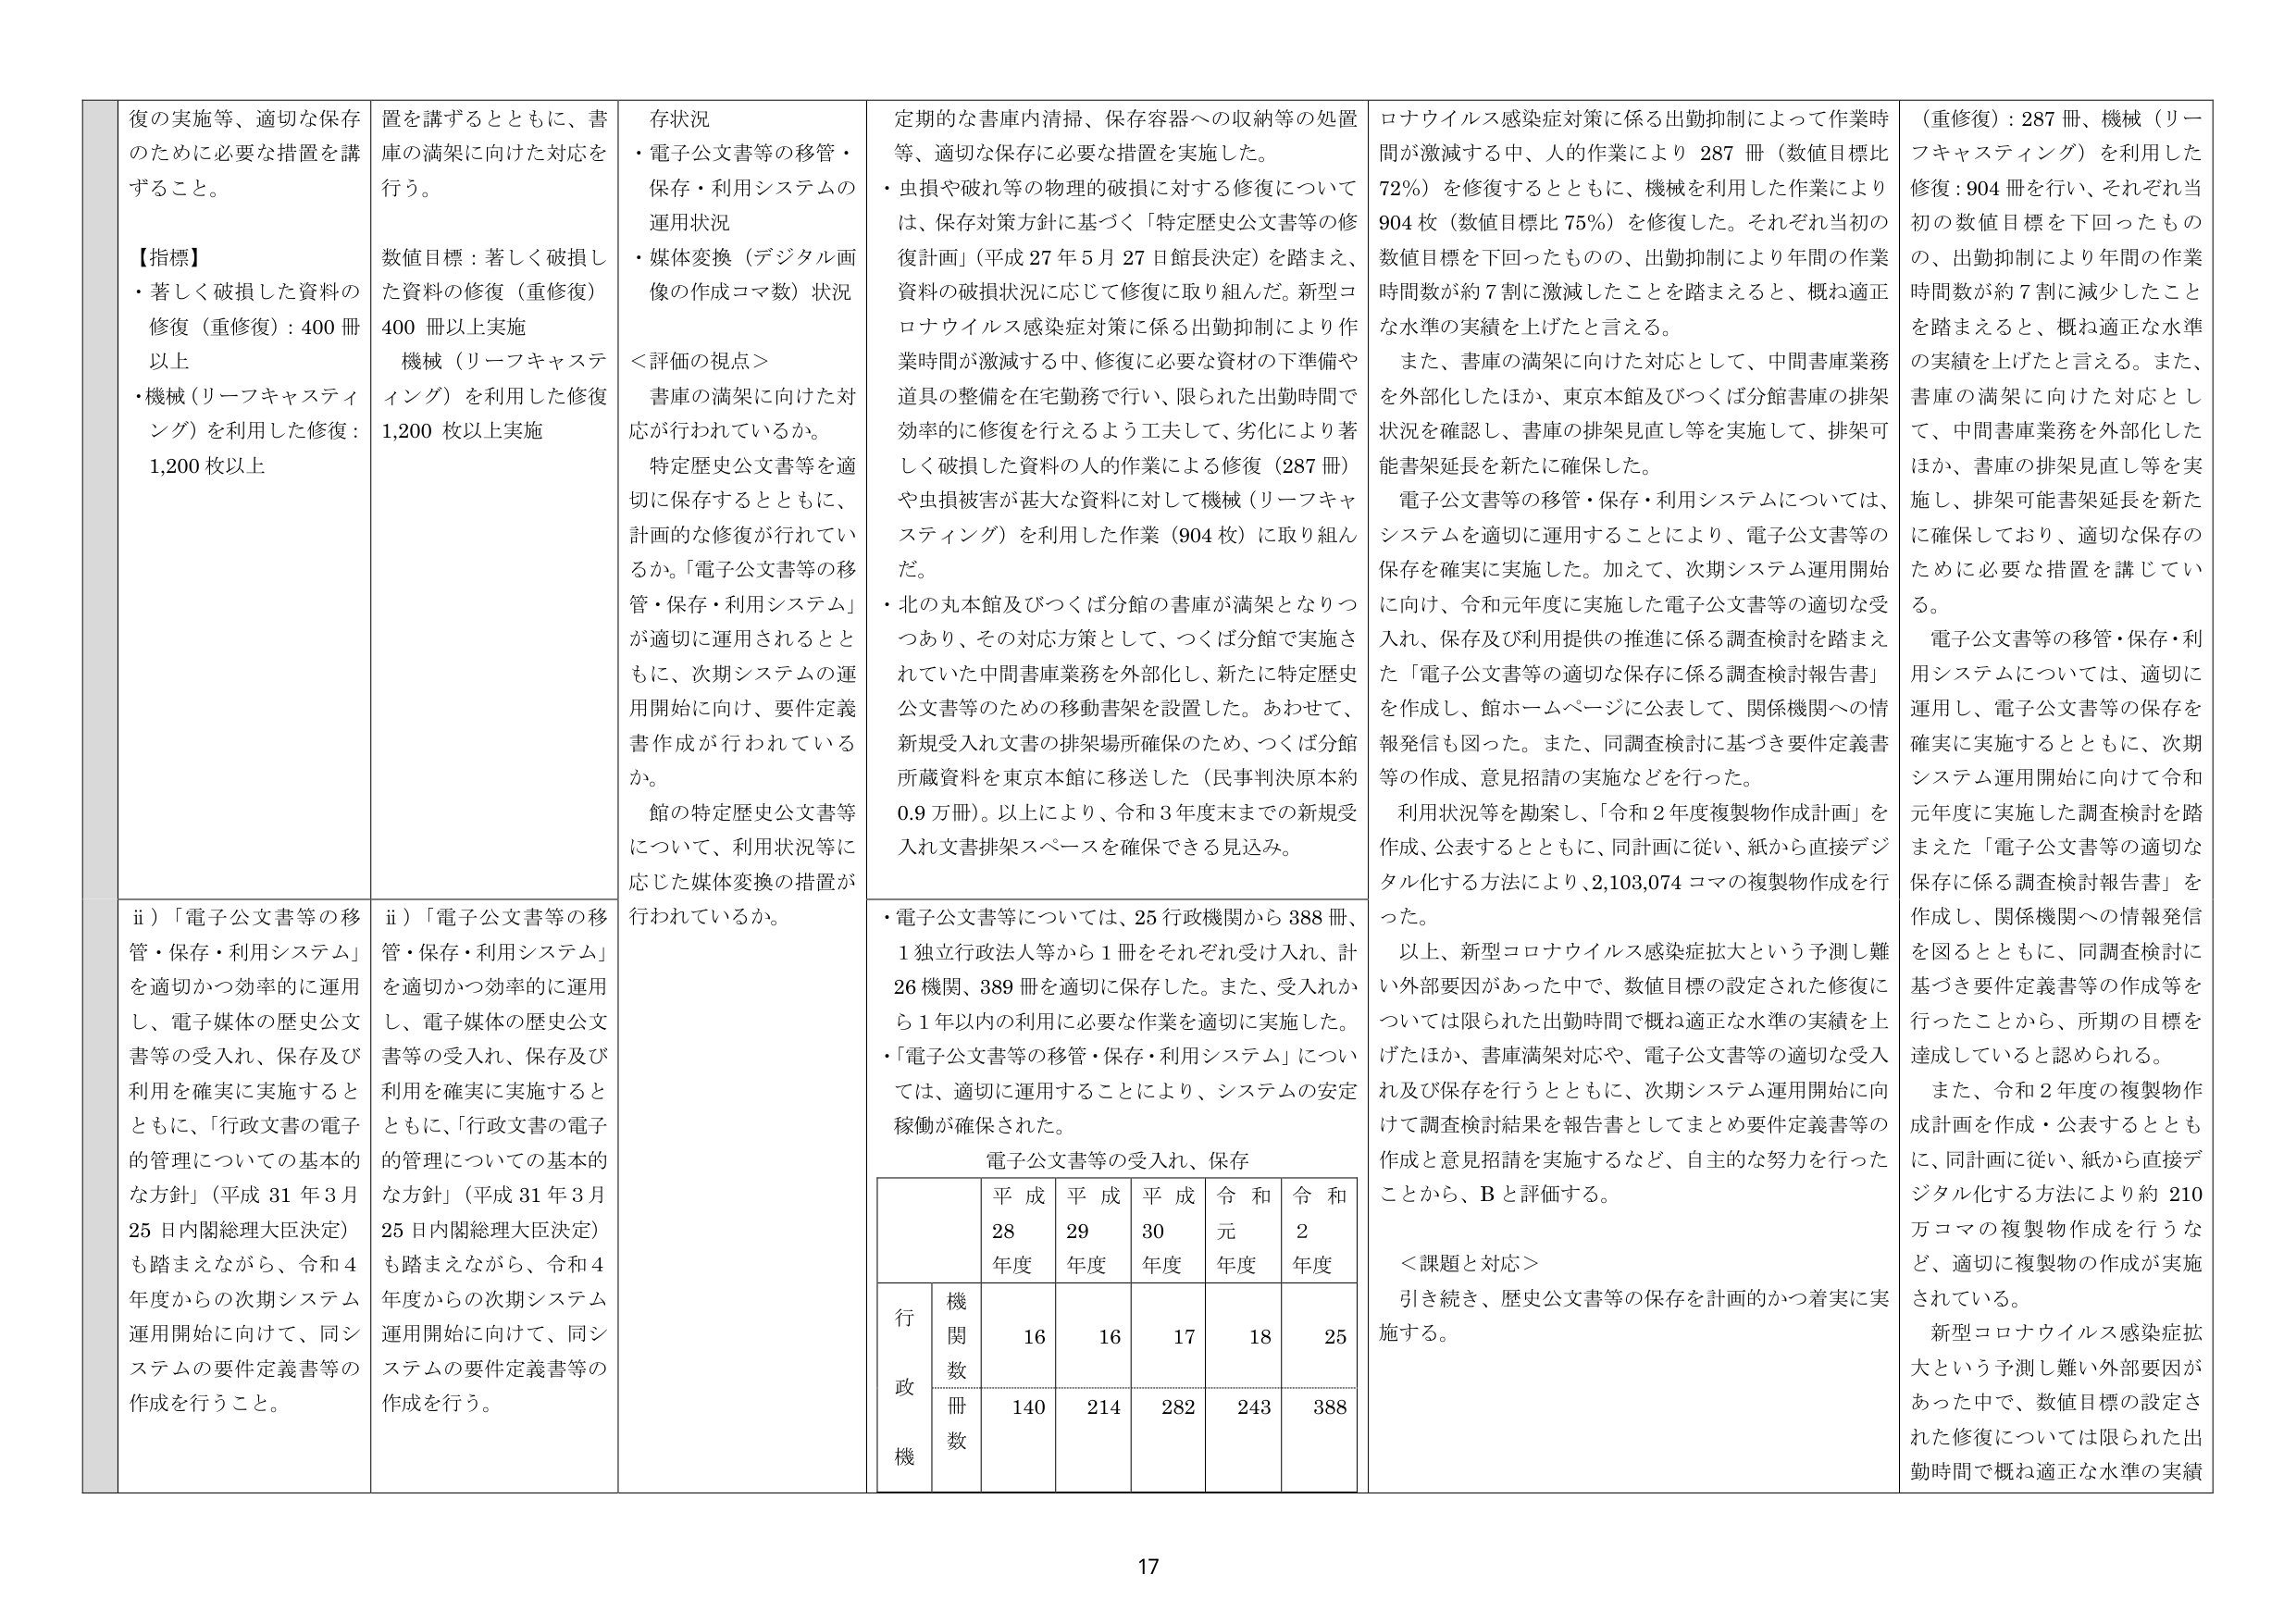
復の実施等、適切な保存のための必要な措置を講ずること。

【指標】
・著しく破損した資料の修復（重修復）：400冊以上
・機械（リーフキャスティング）を利用した修復：1,200枚以上

置を講ずるとともに、書庫の満架に向けた対応を行う。

数値目標：著しく破損した資料の修復（重修復）400冊以上実施
機械（リーフキャスティング）を利用した修復1,200枚以上実施

存状況
・電子公文書等の移管・保存・利用システムの運用状況
・媒体変換（デジタル画像の作成コマ数）状況

＜評価の視点＞
書庫の満架に向けた対応が行われているか。
特定歴史公文書等を適切に保存するとともに、計画的な修復が行われているか。「電子公文書等の移管・保存・利用システム」が適切に運用されるとともに、次期システムの運用開始に向けて、要件定義書作成が行われているか。
館の特定歴史公文書等について、利用状況等に応じた媒体変換の措置が行われているか。

定期的な書庫内清掃、保存容器への収納等の処置等、適切な保存に必要な措置を実施した。
・虫損や破れ等の物理的破損に対する修復については、保存対策方針に基づく「特定歴史公文書等の修復計画」（平成27年5月27日館長決定）を踏まえ、資料の破損状況に応じて修復に取り組んだ。新型コロナウイルス感染症対策に係る出勤抑制により作業時間が激減する中、修復に必要な資材の下準備や道具の整備を在宅勤務で行い、限られた出勤時間で効率的に修復を行えるよう工夫して、劣化により著しく破損した資料の人的作業による修復（287冊）や虫損被害が甚大な資料に対して機械（リーフキャスティング）を利用した作業（904枚）に取り組んだ。
・北の丸本館及びつくば分館の書庫が満架となりつつあり、その対応方策として、つくば分館で実施されていた中間書庫業務を外部化し、新たに特定歴史公文書等のための移動書架を設置した。あわせて、新規受入れ文書の排架場所確保のため、つくば分館所蔵資料を東京本館に移送した（民事判決原本約0.9万冊）。以上により、令和3年度末までの新規受入れ文書排架スペースを確保できる見込み。

ロナウイルス感染症対策に係る出勤抑制によって作業時間が激減する中、人的作業により287冊（数値目標比72％）を修復するとともに、機械を利用した作業により904枚（数値目標比75％）を修復した。それぞれ当初の数値目標を下回ったものの、出勤抑制により年間の作業時間数が約7割に激減したことを踏まえると、概ね適正な水準の実績を上げたと言える。
また、書庫の満架に向けた対応として、中間書庫業務を外部化したほか、東京本館及びつくば分館書庫の排架状況を確認し、書庫の排架見直し等を実施して、排架可能書架延長を新たに確保した。
電子公文書等の移管・保存・利用システムについては、システムを適切に運用することにより、電子公文書等の保存を確実に実施した。加えて、次期システム運用開始に向け、令和元年度に実施した電子公文書等の適切な受入れ、保存及び利用提供の推進に係る調査検討を踏まえた「電子公文書等の適切な保存に係る調査検討報告書」を作成し、館ホームページに公表して、関係機関への情報発信も図った。また、同調査検討に基づき要件定義書等の作成、意見招請の実施などを行った。
利用状況等を勘案し、「令和2年度複製物作成計画」を作成、公表するとともに、同計画に従い、紙から直接デジタル化する方法により、2,103,074コマの複製物作成を行った。
以上、新型コロナウイルス感染症拡大という予測し難い外部要因があった中で、数値目標の設定された修復については限られた出勤時間で概ね適正な水準の実績を上げたほか、書庫満架対応や、電子公文書等の適切な受入れ及び保存を行うとともに、次期システム運用開始に向けて調査検討結果を報告書としてまとめ要件定義書等の作成と意見招請を実施するなど、自主的な努力を行ったことから、Bと評価する。

＜課題と対応＞
引き続き、歴史公文書等の保存を計画的かつ着実に実施する。

（重修復）：287冊、機械（リーフキャスティング）を利用した修復：904冊を行い、それぞれ当初の数値目標を下回ったものの、出勤抑制により年間の作業時間数が約7割に減少したことを踏まえると、概ね適正な水準の実績を上げたと言える。また、書庫の満架に向けた対応として、中間書庫業務を外部化したほか、書庫の排架見直し等を実施し、排架可能書架延長を新たに確保しており、適切な保存のために必要な措置を講じている。
電子公文書等の移管・保存・利用システムについては、適切に運用し、電子公文書等の保存を確実に実施するとともに、次期システム運用開始に向けて令和元年度に実施した調査検討を踏まえた「電子公文書等の適切な保存に係る調査検討報告書」を作成し、関係機関への情報発信を図るとともに、同調査検討に基づき要件定義書等の作成等を行ったことから、所期の目標を達成していると認められる。
また、令和2年度の複製物作成計画を作成・公表するとともに、同計画に従い、紙から直接デジタル化する方法により約210万コマの複製物作成を行うなど、適切に複製物の作成が実施されている。
新型コロナウイルス感染症拡大という予測し難い外部要因があった中で、数値目標の設定された修復については限られた出勤時間で概ね適正な水準の実績

ii）「電子公文書等の移管・保存・利用システム」を適切かつ効率的に運用し、電子媒体の歴史公文書等の受入れ、保存及び利用を確実に実施するとともに、「行政文書の電子的管理についての基本的な方針」（平成31年3月25日内閣総理大臣決定）も踏まえながら、令和4年度からの次期システム運用開始に向けて、同システムの要件定義書等の作成を行うこと。

ii）「電子公文書等の移管・保存・利用システム」を適切かつ効率的に運用し、電子媒体の歴史公文書等の受入れ、保存及び利用を確実に実施するとともに、「行政文書の電子的管理についての基本的な方針」（平成31年3月25日内閣総理大臣決定）も踏まえながら、令和4年度からの次期システム運用開始に向けて、同システムの要件定義書等の作成を行う。

・電子公文書等については、25行政機関から388冊、1独立行政法人等から1冊をそれぞれ受け入れ、計26機関、389冊を適切に保存した。また、受入れから1年以内の利用に必要な作業を適切に実施した。
・「電子公文書等の移管・保存・利用システム」については、適切に運用することにより、システムの安定稼働が確保された。

電子公文書等の受入れ、保存

| | 平成28年度 | 平成29年度 | 平成30年度 | 令和元年度 | 令和2年度 |
|---|---|---|---|---|---|
| 行政機関数 | 16 | 16 | 17 | 18 | 25 |
| 冊数 | 140 | 214 | 282 | 243 | 388 |

17